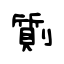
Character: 劕